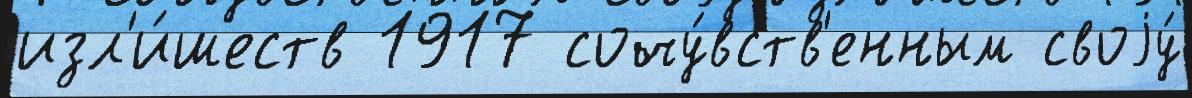
изл'и́шеств 1917 сочу́вств'енным своjу́